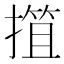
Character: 𢲶